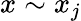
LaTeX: x\sim x_{j}